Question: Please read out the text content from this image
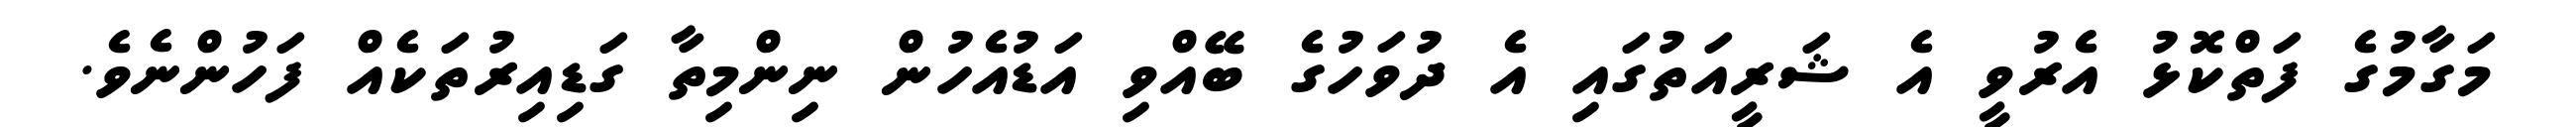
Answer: މަގާމުގެ ފަތްކޮޅު އެރުވީ އެ ޝަރީއަތުގައި އެ ދުވަހުގެ ބޭއްވި އަޑުއެހުން ނިންމިތާ ގަޑިއިރުތަކެއް ފަހުންނެވެ.